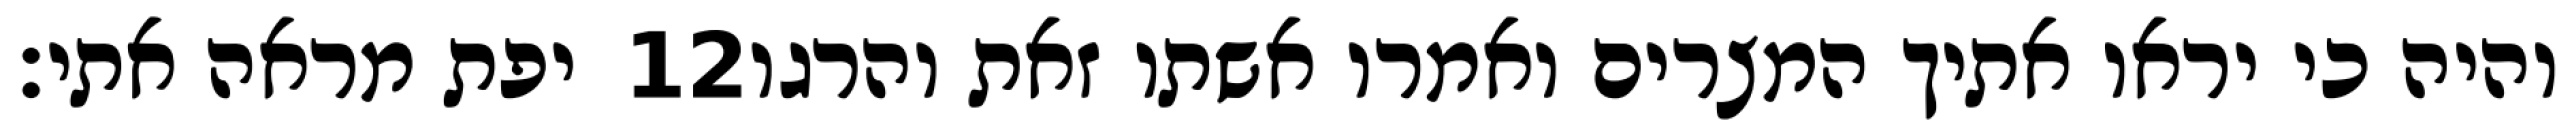
יפת מראה אתי׃ ‎12‏ והיה כי יראו אתיך המצרים ואמרו אשתו זאת והרגו